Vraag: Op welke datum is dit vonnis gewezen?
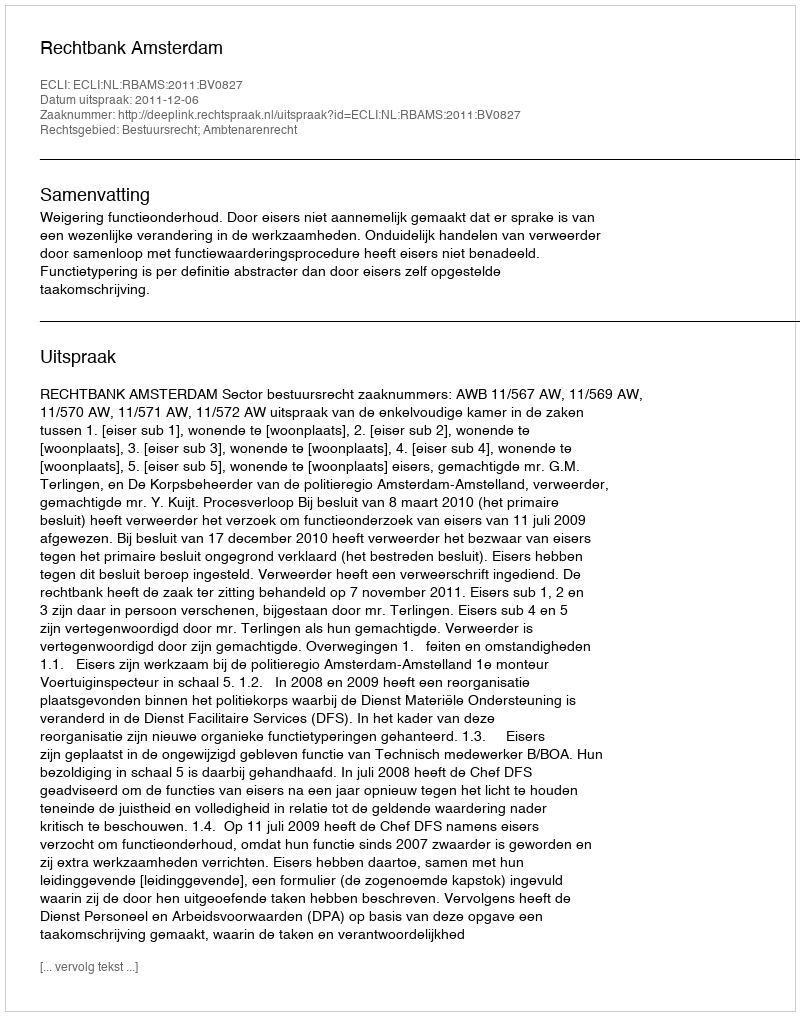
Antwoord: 2011-12-06